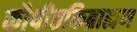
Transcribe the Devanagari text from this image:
कौषीतकिब्राह्मण